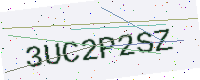
Text: 3UC2P2SZ